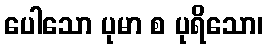
ပေါသော ပုမာ စ ပုရိသော၊